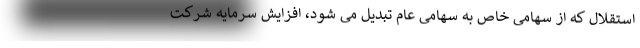
استقلال که از سهامی خاص به سهامی عام تبدیل می شود، افزایش سرمایه شرکت